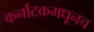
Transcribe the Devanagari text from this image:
कर्नाटकमधूनच